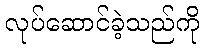
လုပ်ဆောင်ခဲ့သည်ကို